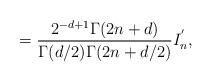
LaTeX: \begin{align*}=\frac{2^{-d+1}\Gamma (2n+d)}{\Gamma (d/2)\Gamma (2n+d/2)}I_{n}^{^{\prime }},\end{align*}